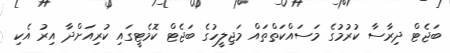
ބަޖެޓް ދިރާސާ ކުރުމުގެ މަސައްކަތްތައް މަޖިލީހުގެ ބަޖެޓް ކޮމެޓީގައި ކުރިއަށްދާ އިރު އެކި